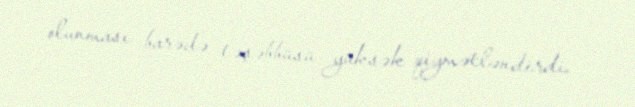
olunması barədə təşəbbüsü yüksək qiymətləndirdi.